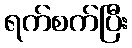
ရက်စက်ပြီး